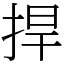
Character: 捍